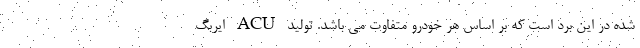
شده در این برد است که بر اساس هر خودرو متفاوت می باشد. تولید ACU ایربگ